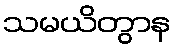
သမယိတွာန